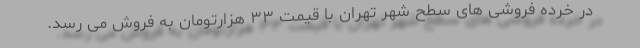
در خرده فروشی های سطح شهر تهران با قیمت ۳۳ هزارتومان به فروش می رسد.